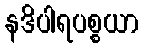
နဒိပါရပစ္စယာ